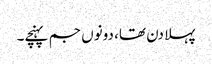
پہلا دن تھا، دونوں جم پہنچے۔